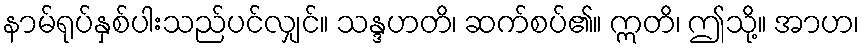
နာမ်ရုပ်နှစ်ပါးသည်ပင်လျှင်။ သန္ဒဟတိ၊ ဆက်စပ်၏။ ဣတိ၊ ဤသို့။ အာဟ၊